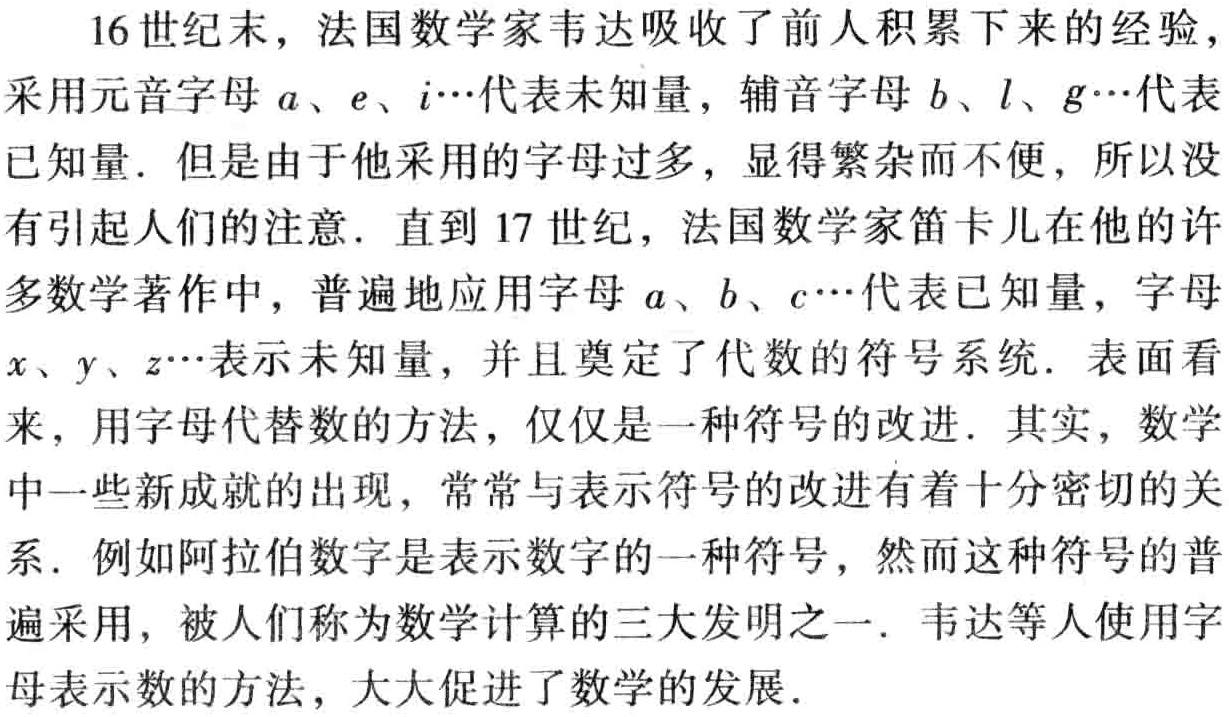
16世纪末，法国数学家韦达吸收了前人积累下来的经验，采用元音字母\(a\)、\(e\)、\(i\cdots\)代表未知量，辅音字母\(b\)、\(l\)、\(g\cdots\)代表已知量. 但是由于他采用的字母过多，显得繁杂而不便，所以没有引起人们的注意. 直到17世纪，法国数学家笛卡儿在他的许多数学著作中，普遍地应用字母\(a\)、\(b\)、\(c\cdots\)代表已知量，字母\(x\)、\(y\)、\(z\cdots\)表示未知量，并且奠定了代数的符号系统. 表面看来，用字母代替数的方法，仅仅是一种符号的改进. 其实，数学中一些新成就的出现，常常与表示符号的改进有着十分密切的关系. 例如阿拉伯数字是表示数字的一种符号，然而这种符号的普遍采用，被人们称为数学计算的三大发明之一. 韦达等人使用字母表示数的方法，大大促进了数学的发展.